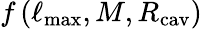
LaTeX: f\left(\ell_{\mathrm{max}},M,R_{\mathrm{cav}}\right)